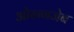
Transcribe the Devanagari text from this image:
ओरन्गजेब